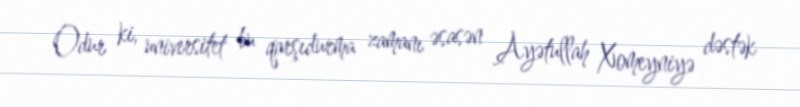
Odur ki, universitet bu qarşıdurma zamanı əsasən Ayətullah Xomeyniyə dəstək